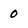
Character: 0